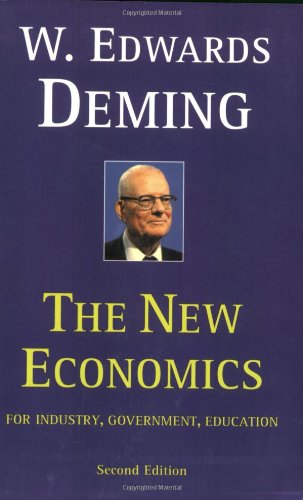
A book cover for The New Economics for Industry, Government, Education - 2nd Edition; W. Edwards Deming; Business & Money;